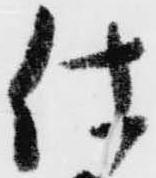
仕